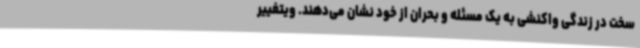
سخت در زندگی واکنشی به یک مسئله و بحران از خود نشان می‌دهند. ویتغییر